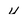
Character: 4